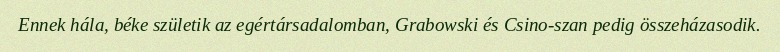
Ennek hála, béke születik az egértársadalomban, Grabowski és Csino-szan pedig összeházasodik.